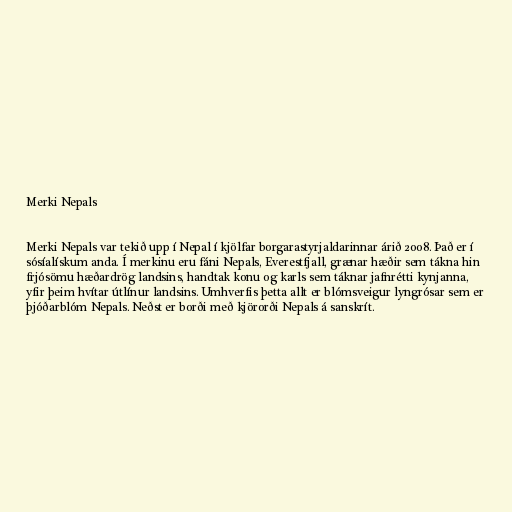
Merki Nepals

Merki Nepals var tekið upp í Nepal í kjölfar borgarastyrjaldarinnar árið 2008. Það er í
sósíalískum anda. Í merkinu eru fáni Nepals, Everestfjall, grænar hæðir sem tákna hin
frjósömu hæðardrög landsins, handtak konu og karls sem táknar jafnrétti kynjanna,
yfir þeim hvítar útlínur landsins. Umhverfis þetta allt er blómsveigur lyngrósar sem er
þjóðarblóm Nepals. Neðst er borði með kjörorði Nepals á sanskrít.